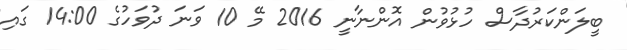
ބީލަންކަރުދާސް ހުޅުވުން އޮންނާނީ 2016 މޭ 10 ވަނަ ދުވަހުގެ 14:00 ގައި